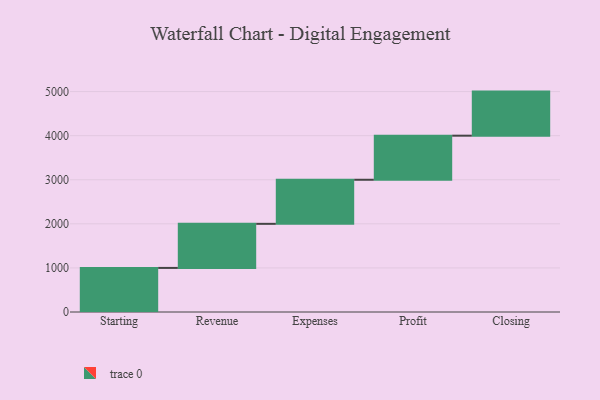
{"axis": {"x": "Step", "y": "Value"}, "legend": [""], "data": [{"x": "Starting", "y": 1000, "type": ""}, {"x": "Revenue", "y": 1000, "type": ""}, {"x": "Expenses", "y": 1000, "type": ""}, {"x": "Profit", "y": 1000, "type": ""}, {"x": "Closing", "y": 1000, "type": ""}]}